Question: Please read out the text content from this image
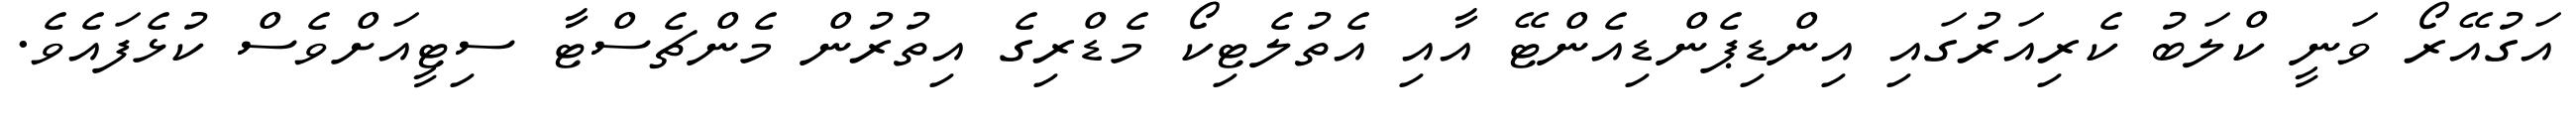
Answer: އަގުއޭރޯ ވަނީ ކްލަބު ކެރިއަރުގައި އިންޑިޕެންޑިއެންޓޭ އާއި އެތުލެޓިކޯ މެޑްރިގެ އިތުރުން މެންޗެސްޓާ ސިޓީއަށްވެސް ކުޅެފައެވެ.